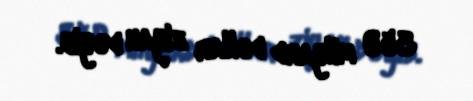
350 milyard dollar ziyan dəyib.